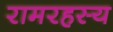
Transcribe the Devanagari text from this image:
रामरहस्य